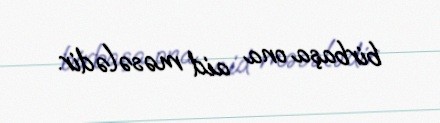
birbaşa ona aid məsələdir.